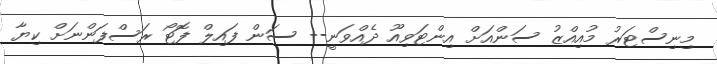
މިނިސްޓަރު މުއިއްޒު ސަންއަށް އިންޓަވިއޫ ދެއްވަނީ-- ސަން ފައިލް ފޮޓޯ ރަސްފަންނަށް ކިޔާ